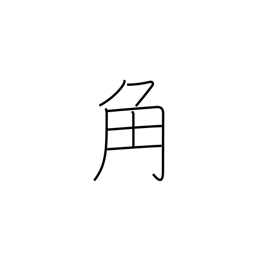
Meaning: square